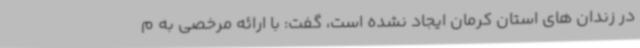
در زندان های استان کرمان ایجاد نشده است، گفت: با ارائه مرخصی به م